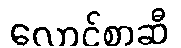
လောင်စာဆီ